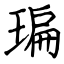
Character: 㻞